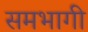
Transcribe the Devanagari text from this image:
समभागी